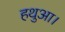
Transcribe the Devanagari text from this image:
हथुआ।